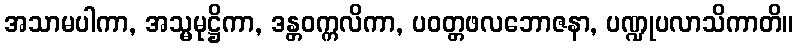
အသာမပါကာ, အသ္မမုဋ္ဌိကာ, ဒန္တဝက္ကလိကာ, ပဝတ္တဖလဘောဇနာ, ပဏ္ဍုပလာသိကာတိ။